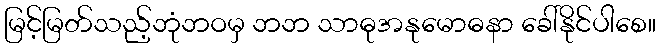
မြင့်မြတ်သည့်ဘုံဘဝမှ ဘဘ သာဓုအနုမောဓနာ ခေါ်နိုင်ပါစေ။